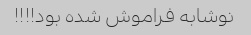
نوشابه فراموش شده بود!!!!